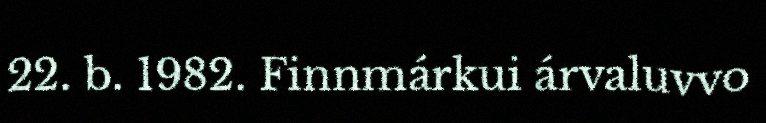
22. b. 1982. Finnmárkui árvaluvvo